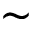
\sim